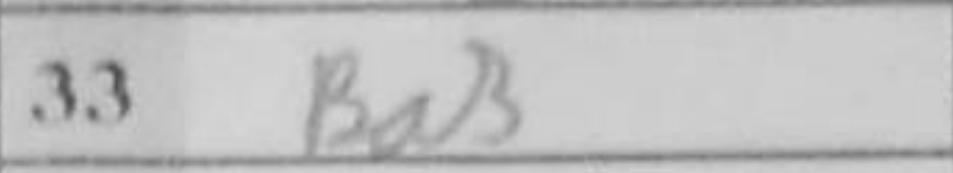
Transcription: Ba3